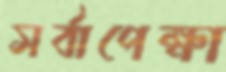
সর্বাপেক্ষা